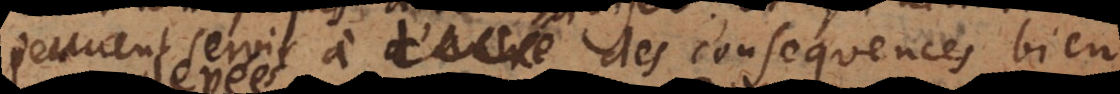
peuvent servir à des consequences bien